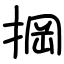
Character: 掆